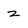
Character: z